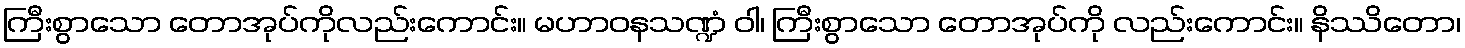
ကြီးစွာသော တောအုပ်ကိုလည်းကောင်း။ မဟာဝနသဏ္ဍံ ဝါ၊ ကြီးစွာသော တောအုပ်ကို လည်းကောင်း။ နိဿိတော၊